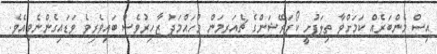
އިސް މެންބަރެއް ކަމަށްވާ ތިލަފުށީ ކޯޕަރޭޝަންގެ ޗެއަރމަން މުހައްމަދު ޒާހިރުވެސް ބައިވެރިވެ ވަޑައިގެންނެވިއެވެ.